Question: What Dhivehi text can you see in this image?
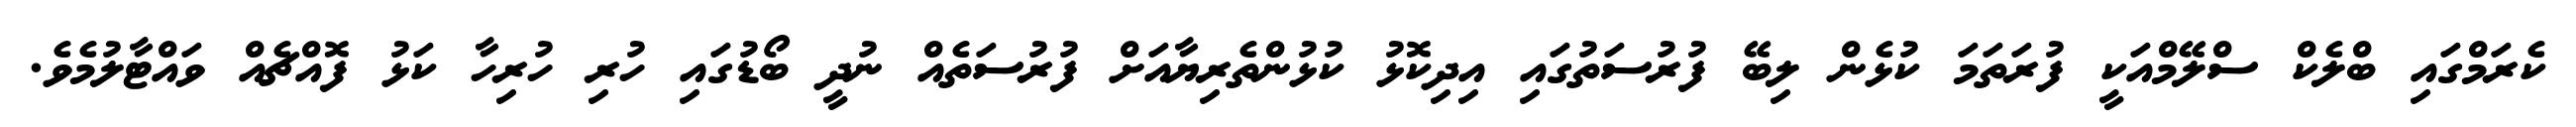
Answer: ކެރަމްގައި ބްލެކް ސްލޭމްއަކީ ފުރަތަމަ ކުޅެން ލިބޭ ފުރުސަތުގައި އިދިކޮޅު ކުޅުންތެރިޔާއަށް ފުރުސަތެއް ނުދީ ބޯޑުގައި ހުރި ހުރިހާ ކަޅު ފޮއްޗެއް ވައްޓާލުމެވެ.